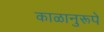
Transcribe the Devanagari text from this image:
काळानुरूपे